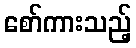
စော်ကားသည့်